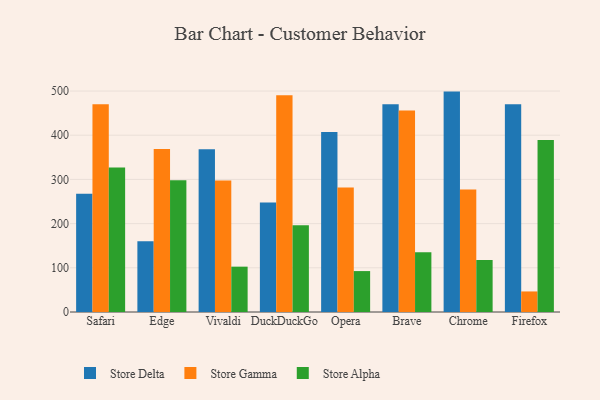
{"axis": {"x": "Browser", "y": "Gross Profit (USD K)"}, "legend": ["Store Alpha", "Store Delta", "Store Gamma"], "data": [{"x": "Safari", "y": 267.4, "type": "Store Delta"}, {"x": "Safari", "y": 469.8, "type": "Store Gamma"}, {"x": "Safari", "y": 326.7, "type": "Store Alpha"}, {"x": "Edge", "y": 159.9, "type": "Store Delta"}, {"x": "Edge", "y": 369.0, "type": "Store Gamma"}, {"x": "Edge", "y": 297.9, "type": "Store Alpha"}, {"x": "Vivaldi", "y": 368.5, "type": "Store Delta"}, {"x": "Vivaldi", "y": 297.3, "type": "Store Gamma"}, {"x": "Vivaldi", "y": 102.6, "type": "Store Alpha"}, {"x": "DuckDuckGo", "y": 247.8, "type": "Store Delta"}, {"x": "DuckDuckGo", "y": 490.5, "type": "Store Gamma"}, {"x": "DuckDuckGo", "y": 196.4, "type": "Store Alpha"}, {"x": "Opera", "y": 407.5, "type": "Store Delta"}, {"x": "Opera", "y": 281.6, "type": "Store Gamma"}, {"x": "Opera", "y": 92.6, "type": "Store Alpha"}, {"x": "Brave", "y": 469.9, "type": "Store Delta"}, {"x": "Brave", "y": 455.9, "type": "Store Gamma"}, {"x": "Brave", "y": 135.4, "type": "Store Alpha"}, {"x": "Chrome", "y": 498.7, "type": "Store Delta"}, {"x": "Chrome", "y": 277.2, "type": "Store Gamma"}, {"x": "Chrome", "y": 117.7, "type": "Store Alpha"}, {"x": "Firefox", "y": 470.3, "type": "Store Delta"}, {"x": "Firefox", "y": 46.5, "type": "Store Gamma"}, {"x": "Firefox", "y": 389.3, "type": "Store Alpha"}]}